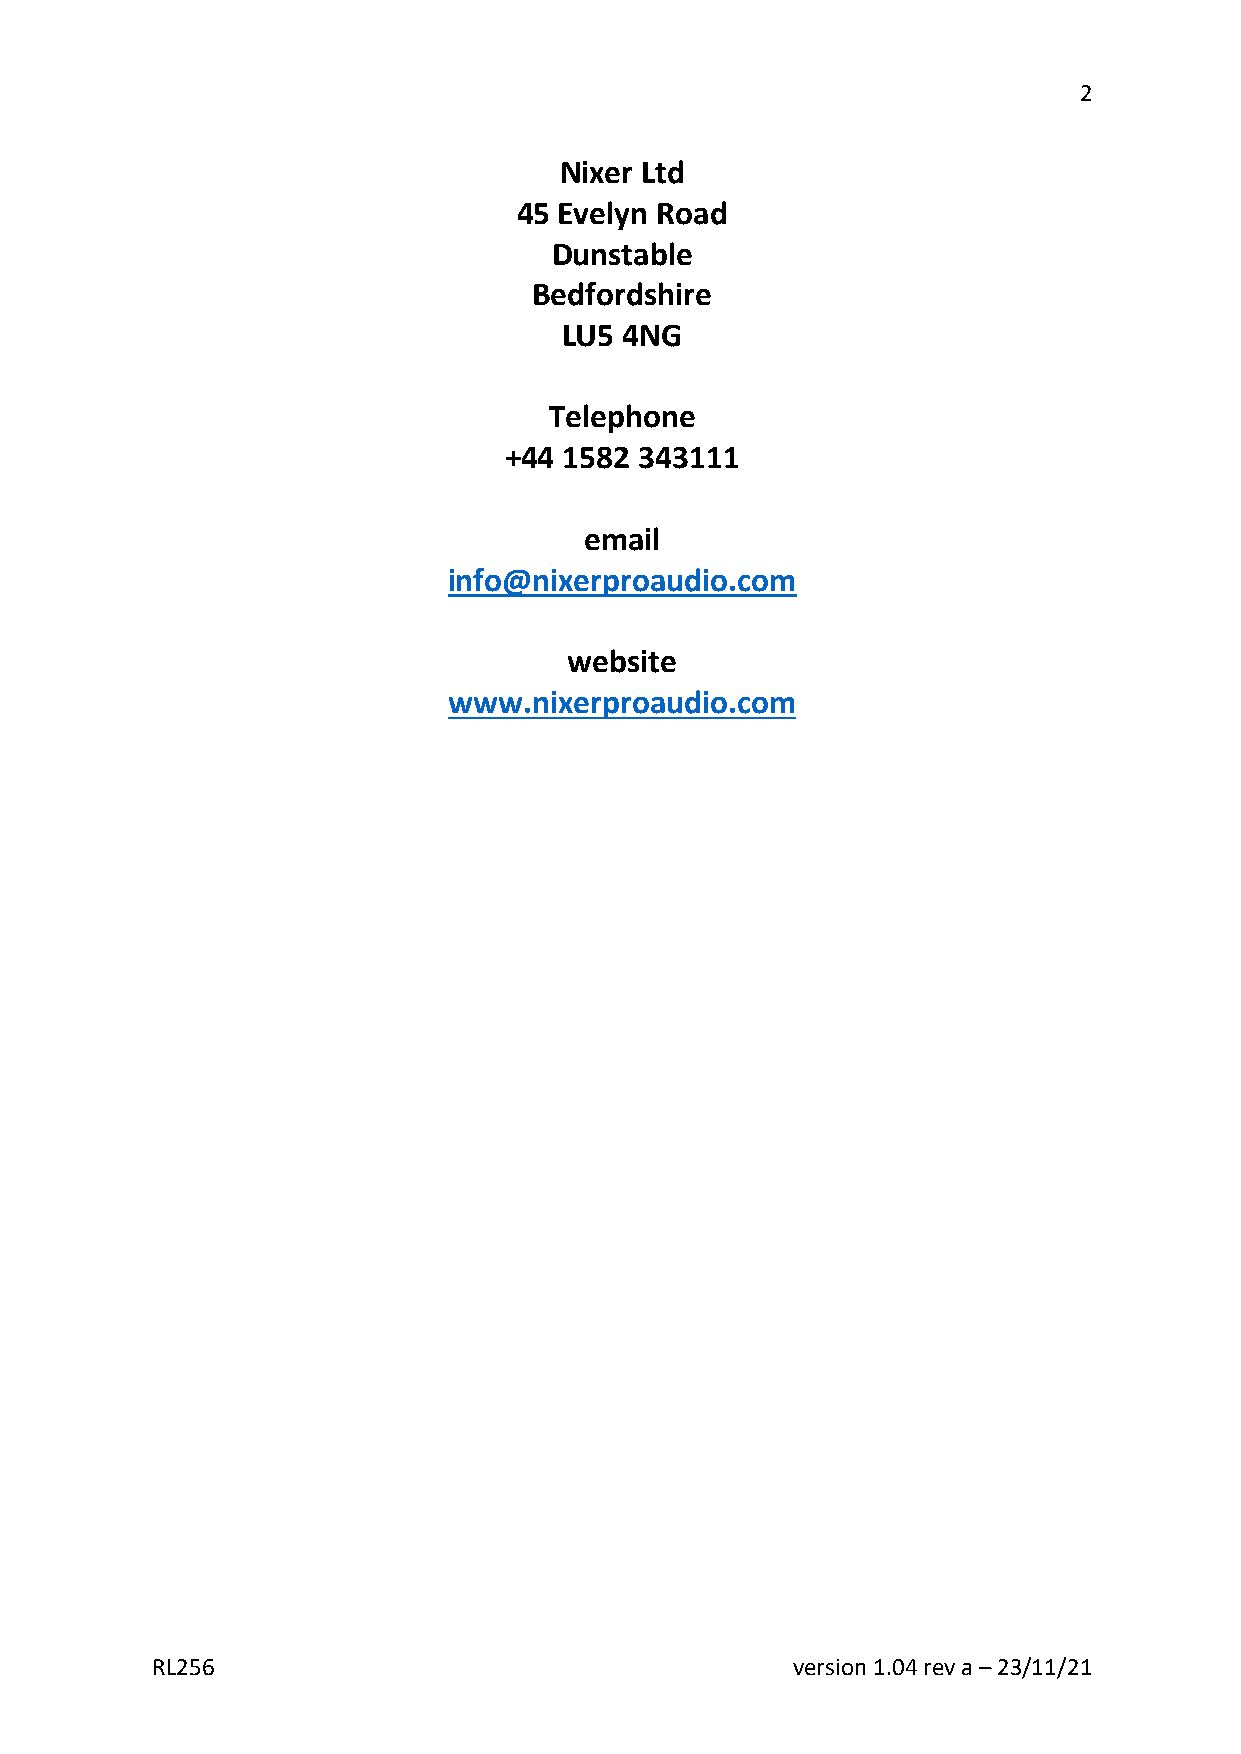
2
 Nixer Ltd
 45 Evelyn Road
 Dunstable
 Bedfordshire
 LU5 4NG
 Telephone
 +44 1582 343111
 email
 info@nixerproaudio.com
 website
 www.nixerproaudio.com
 RL256                                     version 1.04 rev a – 23/11/21